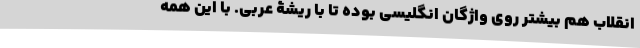
انقلاب هم بیشتر روی واژگان انگلیسی بوده تا با ریشۀ عربی. با این همه